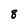
Character: 8